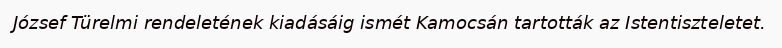
József Türelmi rendeletének kiadásáig ismét Kamocsán tartották az Istentiszteletet.